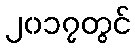
၂၀၁၇တွင်